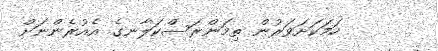
ހަމަކަށަވަރުން ތިމަންރަސްކަލާނގެ އެއުރެންނަށް